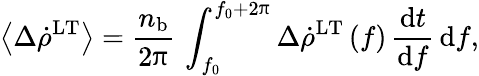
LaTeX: \left\langle\Delta\dot{\rho}^{\mathrm{LT}}\right\rangle=\frac{n_{\mathrm{b}}}{2\uppi}\, \int_{f_{0}}^{f_{0}+2\uppi}\Delta\dot{\rho}^{\mathrm{LT}}\left(f\right)\, \frac{{{\textrm{d}}}{t}}{{{\textrm{d}}}{f}}\, \mathrm{d}f,